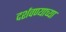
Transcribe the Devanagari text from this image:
दर्शवण्याच्या